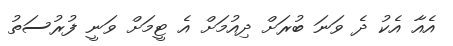
އެއާ އެކު ދެ ވަނަ ބުރަށް ދިއުމަށް އެ ޓީމަށް ވަނީ ފުރުސަތު